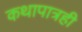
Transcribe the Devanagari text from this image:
कथापात्रही